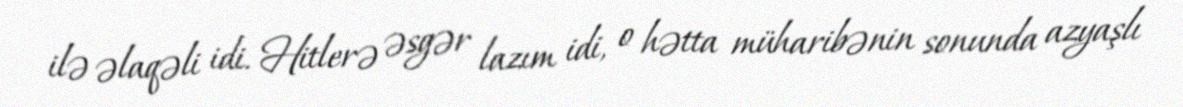
ilə əlaqəli idi. Hitlerə əsgər lazım idi, o hətta müharibənin sonunda azyaşlı